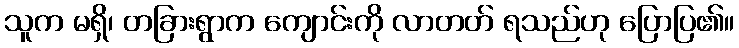
သူက မရှိ၊ တခြားရွာက ကျောင်းကို လာတတ် ရသည်ဟု ပြောပြ၏။